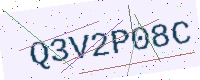
Text: Q3V2P08C